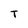
Character: T